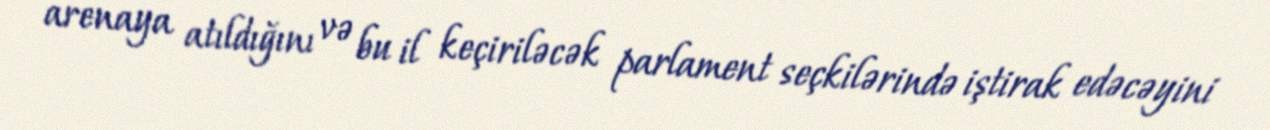
arenaya atıldığını və bu il keçiriləcək parlament seçkilərində iştirak edəcəyini